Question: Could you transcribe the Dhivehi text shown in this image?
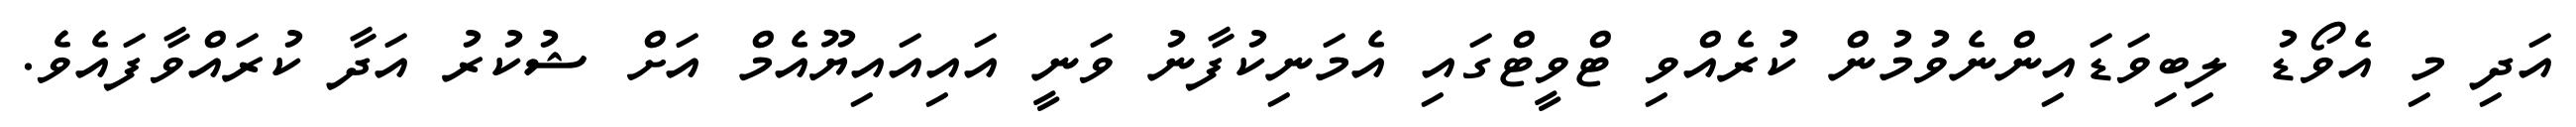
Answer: އަދި މި އެވޯޑު ލިބިވަޑައިންނެވުމުން ކުރެއްވި ޓްވީޓްގައި އެމަނިކުފާނު ވަނީ އައިއައިޔޫއެމް އަށް ޝުކުރު އަދާ ކުރައްވާފައެވެ.